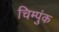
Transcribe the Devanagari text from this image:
चिम्पुंक